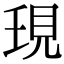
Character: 𧠒